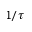
1 / \tau